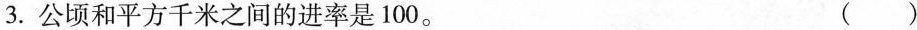
3.公顷和平方千米之间的进率是100。（）